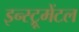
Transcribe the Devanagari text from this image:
इन्स्ट्रूमेंटल